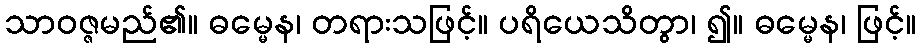
သာဝဇ္ဇမည်၏။ ဓမ္မေန၊ တရားသဖြင့်။ ပရိယေသိတွာ၊ ၍။ ဓမ္မေန၊ ဖြင့်။